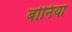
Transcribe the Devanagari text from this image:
बोनिया